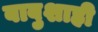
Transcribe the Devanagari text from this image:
बाबुशाही